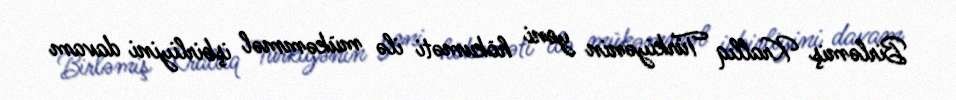
Birləmiş Krallıq Türkiyənin yeni hökuməti ilə mükəmməl işbirliyini davam